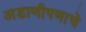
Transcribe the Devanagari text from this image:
अडाणीपणाचे